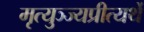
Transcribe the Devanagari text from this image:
मृत्युञ्ज्यप्रीत्यर्थे